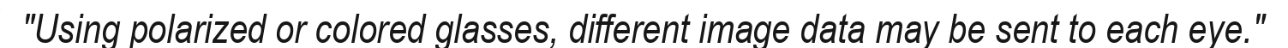
"Using polarized or colored glasses, different image data may be sent to each eye."